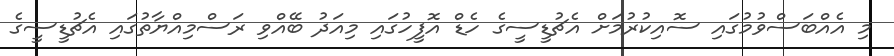
މި އެއްބަސްވުމުގައި ސޮއިކުރުމަށް އެޗުޑީސީގެ ހެޑް އޮފީހުގައި މިއަދު ބޭއްވި ރަސްމިއްޔާތުގައި އެޗުޑީސީގެ